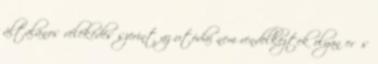
általános vélekedés szerint az utódai nem rendelkeztek olyan erős